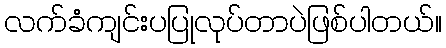
လက်ခံကျင်းပပြုလုပ်တာပဲဖြစ်ပါတယ်။